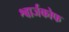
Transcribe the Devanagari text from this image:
श्वार्जकोफ